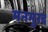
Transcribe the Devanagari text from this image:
मनमुरद